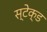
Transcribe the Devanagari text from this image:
स्टेक्ड